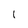
Character: l